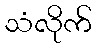
သံလိုက်